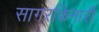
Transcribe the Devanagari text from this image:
सागरकिनारी